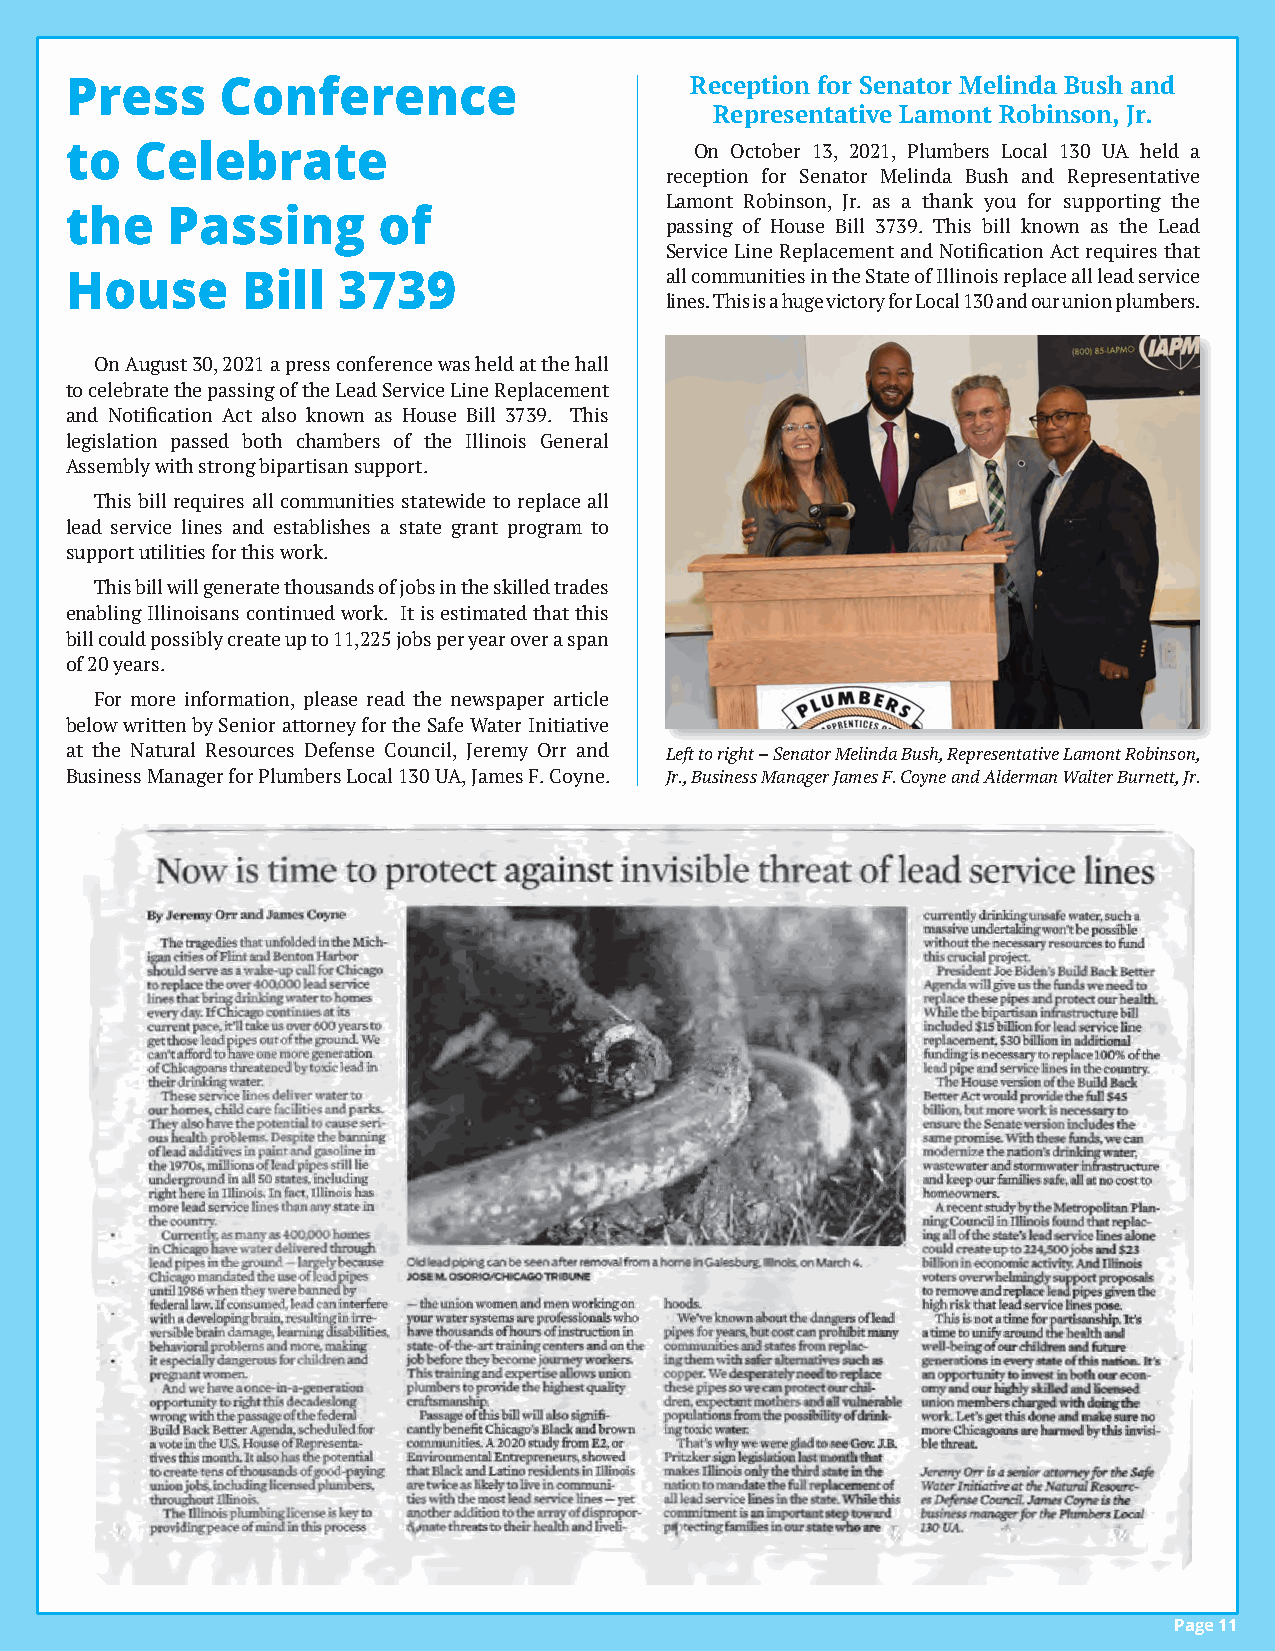
Press      Conference                     Reception for Senator Melinda Bush and
 Representative Lamont Robinson, Jr.
 to   Celebrate                            On October 13, 2021, Plumbers Local 130 UA held a
 reception for Senator Melinda Bush and Representative
 Lamont Robinson, Jr. as a thank you for supporting the
 the    Passing       of
 passing of House Bill 3739. This bill known as the Lead
 Service Line Replacement and Notification Act requires that
 House       Bill  3739                  all communities in the State of Illinois replace all lead service
 lines. This is a huge victory for Local 130 and our union plumbers.
 On August 30, 2021 a press conference was held at the hall
 to celebrate the passing of the Lead Service Line Replacement
 and Notification Act also known as House Bill 3739. This
 legislation passed both chambers of the Illinois General
 Assembly with strong bipartisan support.
 This bill requires all communities statewide to replace all
 lead service lines and establishes a state grant program to
 support utilities for this work.
 This bill will generate thousands of jobs in the skilled trades
 enabling Illinoisans continued work. It is estimated that this
 bill could possibly create up to 11,225 jobs per year over a span
 of 20 years.
 For more information, please read the newspaper article
 below written by Senior attorney for the Safe Water Initiative
 at the Natural Resources Defense Council, Jeremy Orr and Left to right – Senator Melinda Bush, Representative Lamont Robinson,
 Business Manager for Plumbers Local 130 UA, James F. Coyne. Jr., Business Manager James F. Coyne and Alderman Walter Burnett, Jr.
 Page 11